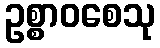
ဥစ္စာဝစေသု